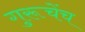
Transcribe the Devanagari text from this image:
गुरूचेंच